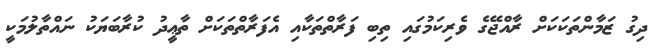
ދިގު ޒަމާންތަކަކަށް ރާއްޖޭގެ ވެރިކަމުގައި ތިބި ފަރާތްތަކާއި އެފަރާތްތަކަށް ތާޢީދު ކުރާބަޔަކު ނައްތާލުމަކީ